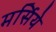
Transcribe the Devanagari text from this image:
मर्सिये